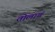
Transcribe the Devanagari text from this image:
तोलाचं